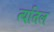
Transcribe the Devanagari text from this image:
त्यतिल